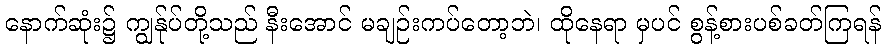
နောက်ဆုံး၌ ကျွန်ုပ်တို့သည် နီးအောင် မချဉ်းကပ်တော့ဘဲ၊ ထိုနေရာ မှပင် စွန့်စားပစ်ခတ်ကြရန်